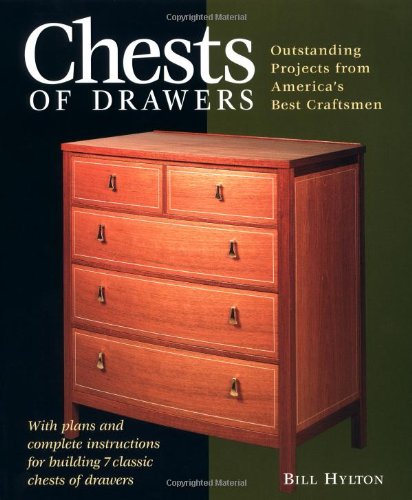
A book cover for Chests of Drawers: Outstanding Prjs from America's Best Craftsmen (Furniture Projects); Bill Hylton; Crafts, Hobbies & Home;